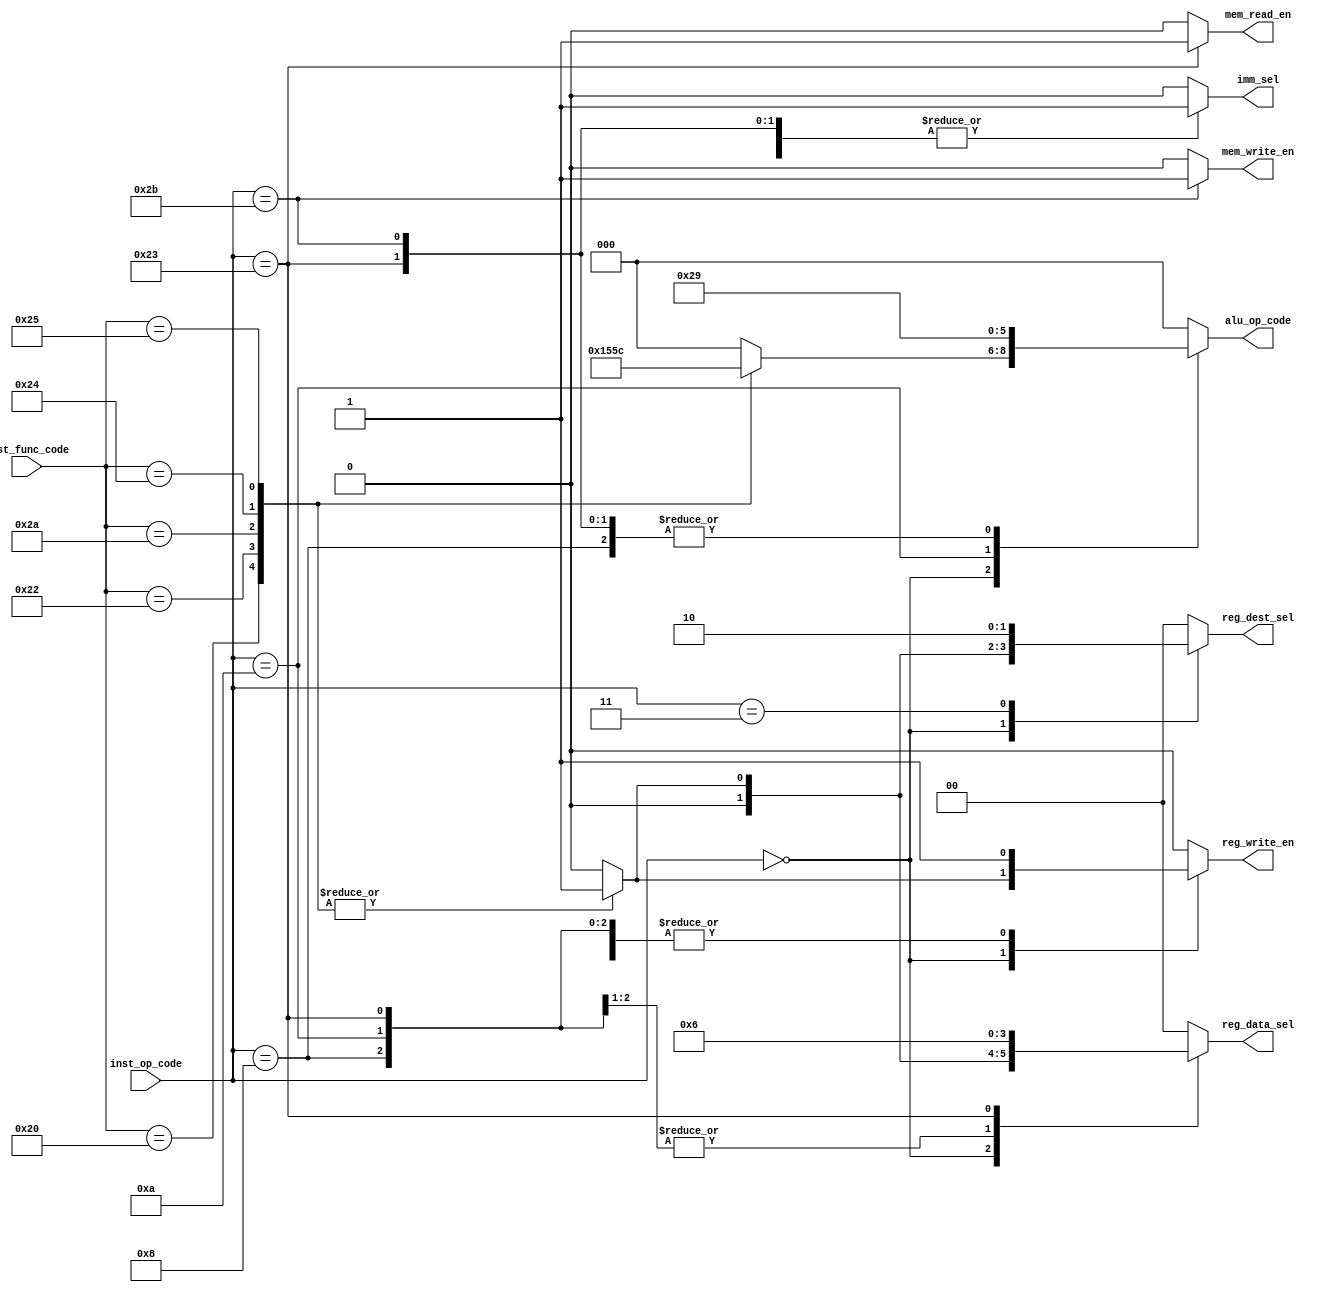
// This program was cloned from: https://github.com/sep-81/Computer-Architecture-Course-Projects
// License: MIT License

`define r_type 6'b0 

`define addi 6'b001000 
`define slti 6'b001010

`define lw 6'b100011
`define sw 6'b101011

`define beq 6'b000100
`define j 6'b000010
`define jal 6'b000011

`define f_add 6'b100000
`define f_sub 6'b100010
`define f_slt 6'b101010
`define f_and 6'b100100
`define f_or 6'b100101
`define f_jr 6'b001000

`define no_op 6'b0

`define no_op_alu 3'd0
`define add_alu_op 3'd1
`define sub_alu_op 3'd2
`define and_alu_op 3'd3
`define or_alu_op 3'd4
`define slt_alu_op 3'd5


module Controller (
    inst_op_code,
    inst_func_code,
    imm_sel,
    mem_write_en,
    mem_read_en,
    reg_dest_sel,
    reg_data_sel,
    reg_write_en,
    alu_op_code
);

  input [5:0] inst_op_code, inst_func_code;

  output reg imm_sel;
  output reg mem_write_en, mem_read_en;
  output reg [1:0] reg_dest_sel, reg_data_sel;
  output reg reg_write_en;
  output reg [2:0] alu_op_code;

  always @(inst_op_code, inst_func_code) begin
    imm_sel = 1'b0;
    mem_write_en = 1'b0;
    mem_read_en = 1'b0;
    reg_dest_sel = 2'b0;
    reg_data_sel = 2'b0;
    reg_write_en = 1'b0;
    alu_op_code = 3'd0;

    case (inst_op_code)
      `r_type: begin
        case (inst_func_code)
          `no_op: begin
            imm_sel = 1'b0;
            mem_write_en = 1'b0;
            mem_read_en = 1'b0;
            reg_dest_sel = 2'b0;
            reg_data_sel = 2'b0;
            reg_write_en = 1'b0;
            alu_op_code = 3'd0;
          end
          `f_add: begin
            imm_sel = 1'b0;
            mem_write_en = 1'b0;
            mem_read_en = 1'b0;
            reg_dest_sel = 2'd1;
            reg_data_sel = 2'd1;
            reg_write_en = 1'b1;
            alu_op_code = `add_alu_op;
          end
          `f_sub: begin
            imm_sel = 1'b0;
            mem_write_en = 1'b0;
            mem_read_en = 1'b0;
            reg_dest_sel = 2'd1;
            reg_data_sel = 2'd1;
            reg_write_en = 1'b1;
            alu_op_code = `sub_alu_op;
          end
          `f_slt: begin
            imm_sel = 1'b0;
            mem_write_en = 1'b0;
            mem_read_en = 1'b0;
            reg_dest_sel = 2'd1;
            reg_data_sel = 2'd1;
            reg_write_en = 1'b1;
            alu_op_code = `slt_alu_op;
          end
          `f_and: begin
            imm_sel = 1'b0;
            mem_write_en = 1'b0;
            mem_read_en = 1'b0;
            reg_dest_sel = 2'd1;
            reg_data_sel = 2'd1;
            reg_write_en = 1'b1;
            alu_op_code = `and_alu_op;
          end
          `f_or: begin
            imm_sel = 1'b0;
            mem_write_en = 1'b0;
            mem_read_en = 1'b0;
            reg_dest_sel = 2'd1;
            reg_data_sel = 2'd1;
            reg_write_en = 1'b1;
            alu_op_code = `or_alu_op;
          end
          `f_jr: begin
            imm_sel = 1'b0;
            mem_write_en = 1'b0;
            mem_read_en = 1'b0;
            reg_dest_sel = 2'd0;
            reg_data_sel = 2'd0;
            reg_write_en = 1'b0;
            alu_op_code = `no_op_alu;
          end
        endcase
      end
      `addi: begin
        imm_sel = 1'b1;
        mem_write_en = 1'b0;
        mem_read_en = 1'b0;
        reg_dest_sel = 2'd0;
        reg_data_sel = 2'd1;
        reg_write_en = 1'b1;
        alu_op_code = `add_alu_op;
      end
      `slti: begin
        imm_sel = 1'b1;
        mem_write_en = 1'b0;
        mem_read_en = 1'b0;
        reg_dest_sel = 2'd0;
        reg_data_sel = 2'd1;
        reg_write_en = 1'b1;
        alu_op_code = `slt_alu_op;
      end
      `lw: begin
        imm_sel = 1'b1;
        mem_write_en = 1'b0;
        mem_read_en = 1'b1;
        reg_dest_sel = 2'd0;
        reg_data_sel = 2'd2;
        reg_write_en = 1'b1;
        alu_op_code = `add_alu_op;
      end
      `sw: begin
        imm_sel = 1'b1;
        mem_write_en = 1'b1;
        mem_read_en = 1'b0;
        reg_dest_sel = 2'd0;
        reg_data_sel = 2'd0;
        reg_write_en = 1'b0;
        alu_op_code = `add_alu_op;
      end
      `beq: begin
        imm_sel = 1'b0;
        mem_write_en = 1'b0;
        mem_read_en = 1'b0;
        reg_dest_sel = 2'd0;
        reg_data_sel = 2'd0;
        reg_write_en = 1'b0;
        alu_op_code = `no_op_alu;
      end
      `j: begin
        imm_sel = 1'b0;
        mem_write_en = 1'b0;
        mem_read_en = 1'b0;
        reg_dest_sel = 2'd0;
        reg_data_sel = 2'd0;
        reg_write_en = 1'b0;
        alu_op_code = `no_op_alu;
      end
      `jal: begin
        imm_sel = 1'b0;
        mem_write_en = 1'b0;
        mem_read_en = 1'b0;
        reg_dest_sel = 2'd2;
        reg_data_sel = 2'd0;
        reg_write_en = 1'b1;
        alu_op_code = `no_op_alu;
      end

    endcase
  end


endmodule